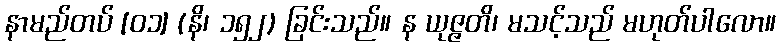
နာမည်တပ် [၀၁] (နိ၊ ၁၅၂) ခြင်းသည်။ န ယုဇ္ဇတိ၊ မသင့်သည် မဟုတ်ပါလော။